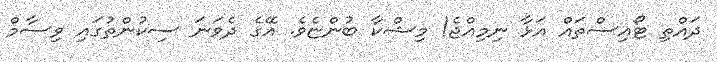
ދައްތި ޓޯއިސްތައް އަޅާ ނިމިއްޖެ! މިޝްކާ ބުންޏެވެ. އޭގެ ދެވަނަ ސިކުންތުގައި ވިސާމް